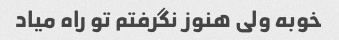
خوبه ولی هنوز نگرفتم تو راه میاد